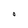
Character: O